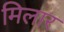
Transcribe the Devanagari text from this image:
मिलार